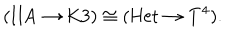
( \mathrm { I I A } \to \mathrm { K 3 } ) \cong ( \mathrm { H e t } \to T ^ { 4 } ) .